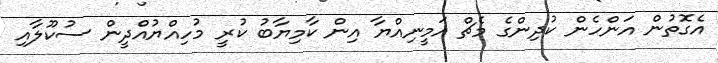
އެގޮތުން އަންހެން ކުދިންގެ މެޗް އަމީނިއްޔާ އިން ކާމިޔާބު ކުރީ މުހިއްޔުއްދީން ސުކޫލާއި